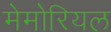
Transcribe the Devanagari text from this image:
मेमोरियल